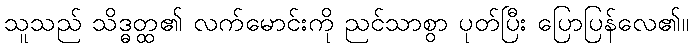
သူသည် သိဒ္ဓတ္ထ၏ လက်မောင်းကို ညင်သာစွာ ပုတ်ပြီး ပြောပြန်လေ၏။